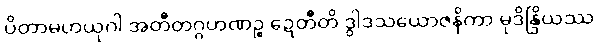
ပိတာမဟယုဂါ အတီတဂ္ဂဟဏဉ္စ ဍေတီတိ ဒွါဒသယောဇနိကာ မုဒိန္ဒြိယဿ